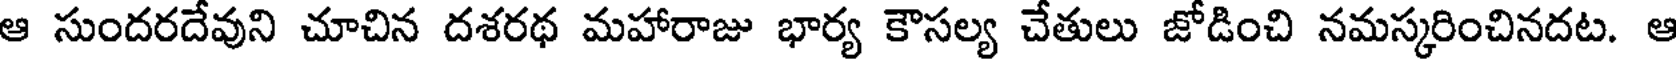
ఆ సుందరదేవుని చూచిన దశరథ మహారాజు భార్య కౌసల్య చేతులు జోడించి నమస్కరించినదట. ఆ